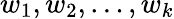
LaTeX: w_{1},w_{2},\ldots,w_{k}